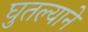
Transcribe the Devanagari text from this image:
घुतल्याने